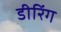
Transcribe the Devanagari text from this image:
डीरिंग